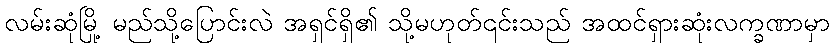
လမ်းဆုံမြို့ မည်သို့ပြောင်းလဲ အရှင်ရှိ၏ သို့မဟုတ်၎င်းသည် အထင်ရှားဆုံးလက္ခဏာမှာ